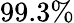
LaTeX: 99.3\%